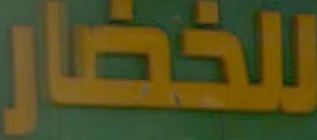
للخضار